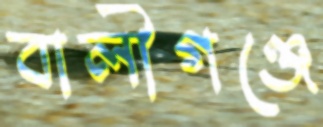
বালীগঞ্জে